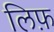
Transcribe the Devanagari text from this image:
लिफ़